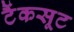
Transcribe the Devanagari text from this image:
टैंकसूट